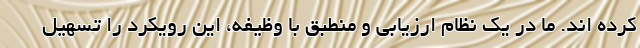
کرده اند. ما در یک نظام ارزیابی و منطبق با وظیفه، این رویکرد را تسهیل